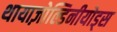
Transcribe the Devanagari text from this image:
थायाज़ोल्डिनीयोड्स